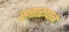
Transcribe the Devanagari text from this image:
सत्तारूपाने